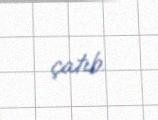
çatıb.